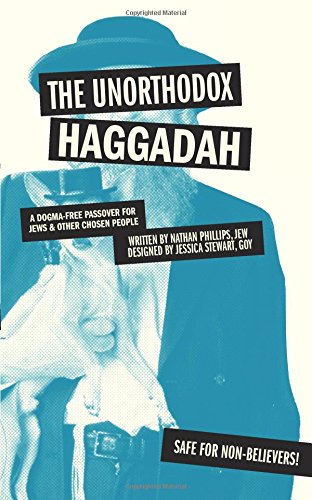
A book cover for The Unorthodox Haggadah: A Dogma-free Passover for Jews and Other Chosen People; Nathan Phillips; Religion & Spirituality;